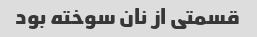
قسمتی از نان سوخته بود